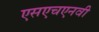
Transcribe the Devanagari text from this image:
एसएचएनवी